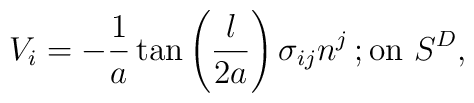
V_{i}=-\frac{1}{a}\tan\left(\frac{l}{2a}\right)\sigma_{ij}n^{j}\, ;     \mbox{on }S^{D},